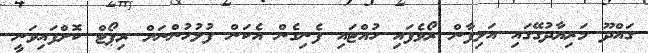
ގައްދޫ މަރިޔާދުގޭގައި އަލިފާން ރޯވެފައި ހުއްޓައި ފެނިގެން އެކަން ފުލުހުންނަށް ރިޕޯޓް ކޮށްފައިވަނީ